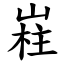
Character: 嵀